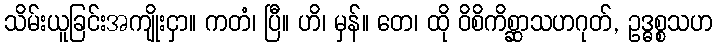
သိမ်းယူခြင်းအကျိုးငှာ။ ကတံ၊ ပြီ။ ဟိ၊ မှန်။ တေ၊ ထို ဝိစိကိစ္ဆာသဟဂုတ်, ဥဒ္ဓစ္စသဟ